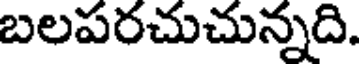
బలపరచుచున్నది.